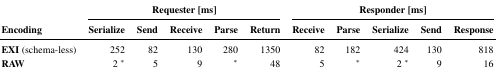
<table><thead><tr><td></td><td colspan="5"><b>Requester [ms]</b></td><td colspan="5"><b>Responder [ms]</b></td></tr><tr><td><b>Encoding</b></td><td><b>Serialize</b></td><td><b>Send</b></td><td><b>Receive</b></td><td><b>Parse</b></td><td><b>Return</b></td><td><b>Receive</b></td><td><b>Parse</b></td><td><b>Serialize</b></td><td><b>Send</b></td><td><b>Response</b></td></tr></thead><tbody><tr><td><b>EXI</b> (schema-less)</td><td>252</td><td>82</td><td>130</td><td>280</td><td>1350</td><td>82</td><td>182</td><td>424</td><td>130</td><td>818</td></tr><tr><td><b>RAW</b></td><td>2 *</td><td>5</td><td>9</td><td>*</td><td>48</td><td>5</td><td>*</td><td>2 *</td><td>9</td><td>16</td></tr></tbody></table>